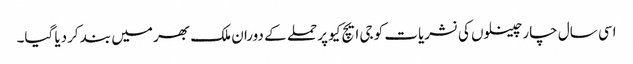
اسی سال چار چینلوں کی نشریات کو جی ایچ کیو پر حملے کے دوران ملک بھر میں بند کردیا گیا۔